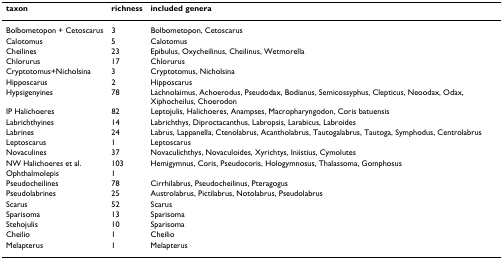
<table><thead><tr><td><b>taxon</b></td><td><b>richness</b></td><td><b>included genera</b></td></tr></thead><tbody><tr><td>Bolbometopon + Cetoscarus</td><td>3</td><td>Bolbometopon, Cetoscarus</td></tr><tr><td>Calotomus</td><td>5</td><td>Calotomus</td></tr><tr><td>Cheilines</td><td>23</td><td>Epibulus, Oxycheilinus, Cheilinus, Wetmorella</td></tr><tr><td>Chlorurus</td><td>17</td><td>Chlorurus</td></tr><tr><td>Cryptotomus+Nicholsina</td><td>3</td><td>Cryptotomus, Nicholsina</td></tr><tr><td>Hipposcarus</td><td>2</td><td>Hipposcarus</td></tr><tr><td>Hypsigenyines</td><td>78</td><td>Lachnolaimus, Achoerodus, Pseudodax, Bodianus, Semicossyphus, Clepticus, Neoodax, Odax, Xiphocheilus, Choerodon</td></tr><tr><td>IP Halichoeres</td><td>82</td><td>Leptojulis, Halichoeres, Anampses, Macropharyngodon, Coris batuensis</td></tr><tr><td>Labrichthyines</td><td>14</td><td>Labrichthys, Diproctacanthus, Labropsis, Larabicus, Labroides</td></tr><tr><td>Labrines</td><td>24</td><td>Labrus, Lappanella, Ctenolabrus, Acantholabrus, Tautogalabrus, Tautoga, Symphodus, Centrolabrus</td></tr><tr><td>Leptoscarus</td><td>1</td><td>Leptoscarus</td></tr><tr><td>Novaculines</td><td>37</td><td>Novaculichthys, Novaculoides, Xyrichtys, Iniistius, Cymolutes</td></tr><tr><td>NW Halichoeres et al.</td><td>103</td><td>Hemigymnus, Coris, Pseudocoris, Hologymnosus, Thalassoma, Gomphosus</td></tr><tr><td>Ophthalmolepis</td><td>1</td><td></td></tr><tr><td>Pseudocheilines</td><td>78</td><td>Cirrhilabrus, Pseudocheilinus, Pteragogus</td></tr><tr><td>Pseudolabrines</td><td>25</td><td>Austrolabrus, Pictilabrus, Notolabrus, Pseudolabrus</td></tr><tr><td>Scarus</td><td>52</td><td>Scarus</td></tr><tr><td>Sparisoma</td><td>13</td><td>Sparisoma</td></tr><tr><td>Stehojulis</td><td>10</td><td>Sparisoma</td></tr><tr><td>Cheilio</td><td>1</td><td>Cheilio</td></tr><tr><td>Melapterus</td><td>1</td><td>Melapterus</td></tr></tbody></table>